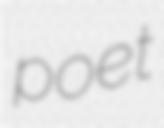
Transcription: poet